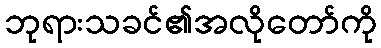
ဘုရားသခင်၏အလိုတော်ကို